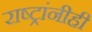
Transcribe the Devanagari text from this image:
राष्ट्रांनीही